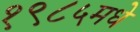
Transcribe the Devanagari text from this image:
१९८५मधे